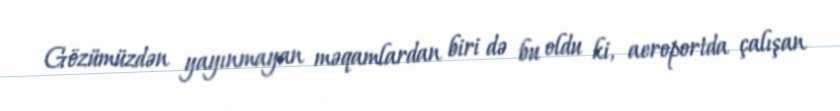
Gözümüzdən yayınmayan məqamlardan biri də bu oldu ki, aeroportda çalışan